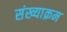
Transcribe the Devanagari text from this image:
संख्याक्रम